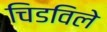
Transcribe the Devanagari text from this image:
चिडविले